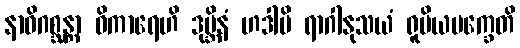
နာဓိဂစ္ဆန္တာ ဝိကာရေဟိ ဒုဗ္ဘိနံ ဟဒါမိ ရာဂါနုသယံ ရူပိယပက္ခေတိ